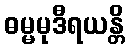
ဓမ္မမုဒီရယန္တိ